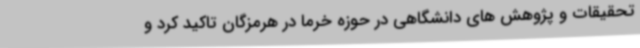
تحقیقات و پژوهش های دانشگاهی در حوزه خرما در هرمزگان تاکید کرد و